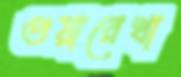
গুয়ারেখা